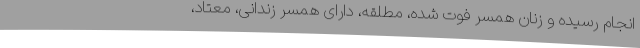
انجام رسیده و زنان همسر فوت شده، مطلقه، دارای همسر زندانی، معتاد،